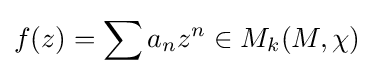
f(z)=\sum a_{n}z^{n}\in M_{k}(M,\chi )